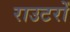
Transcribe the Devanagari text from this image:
राउटरों